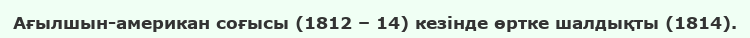
Ағылшын-американ соғысы (1812 – 14) кезінде өртке шалдықты (1814).